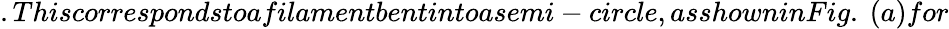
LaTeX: .Thiscorrespondstoafilamentbentintoasemi-circle,asshowninFig.~(a)for